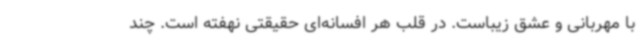
با مهربانی و عشق زیباست. در قلب هر افسانه‌ای حقیقتی نهفته است. چند